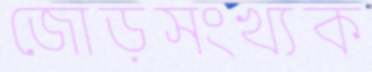
জোড়সংখ্যক